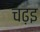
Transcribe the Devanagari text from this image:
चढ़इ